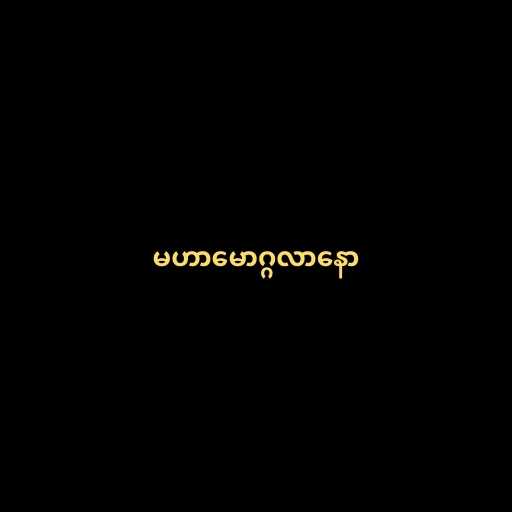
မဟာမောဂ္ဂလာနော